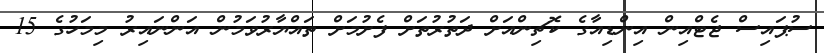
ސުޕައިސް ޖެޓްއިން އިންޑިއާގެ ކޮޗިންއަށް ދަތުރުތަށް ފެށުމަށް ތައްޔާރުވަމުން އަންނައިރު މިމަހުގެ 15